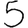
Digit: 5